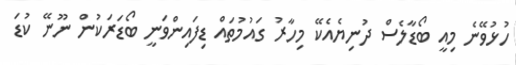
ހުޅުވޭނެ މިއީ ބޯޑާލެސް ދުނިޔެއެކޭ މިހާރު ގައުމުތައް ޑިފައިންވަނީ ބޯޑަރަކުން ނޫނޭ ކުޑަ